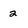
Character: 2